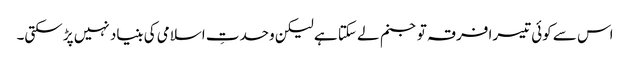
اس سے کوئی تیسرا فرقہ تو جنم لے سکتا ہے لیکن وحدتِ اسلامی کی بنیاد نہیں پڑ سکتی۔